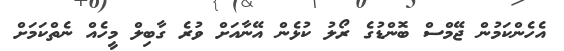
އެހެންކަމުން ޖޭމްސް ބޮންޑުގެ ރޯލު ކުޅެން އޭނާއަށް ވުރެ ގާބިލް މީހެއް ނެތްކަމަށް